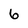
Character: 6